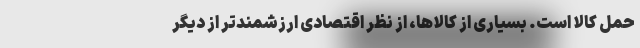
حمل‌ کالا است. بسیاری از کالاها، از نظر اقتصادی ارزشمند‌تر از دیگر